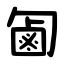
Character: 㔪